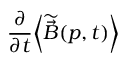
\frac { \partial } { \partial t } \! \left< \widetilde { \vec { B } } ( \boldsymbol { p } , t ) \right>